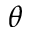
\theta